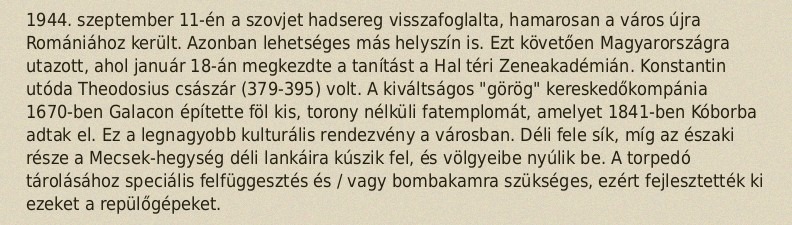
1944. szeptember 11-én a szovjet hadsereg visszafoglalta, hamarosan a város újra Romániához került. Azonban lehetséges más helyszín is. Ezt követően Magyarországra utazott, ahol január 18-án megkezdte a tanítást a Hal téri Zeneakadémián. Konstantin utóda Theodosius császár (379-395) volt. A kiváltságos "görög" kereskedőkompánia 1670-ben Galacon építette föl kis, torony nélküli fatemplomát, amelyet 1841-ben Kóborba adtak el. Ez a legnagyobb kulturális rendezvény a városban. Déli fele sík, míg az északi része a Mecsek-hegység déli lankáira kúszik fel, és völgyeibe nyúlik be. A torpedó tárolásához speciális felfüggesztés és / vagy bombakamra szükséges, ezért fejlesztették ki ezeket a repülőgépeket.